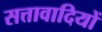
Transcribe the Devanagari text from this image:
सत्तावादियों